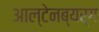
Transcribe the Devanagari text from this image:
आल्टेनब्यर्ग